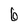
Character: 6